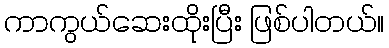
ကာကွယ်ဆေးထိုးပြီး ဖြစ်ပါတယ်။